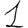
Digit: 1